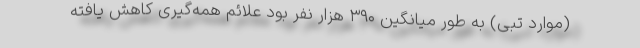
(موارد تبی) به طور میانگین ۳۹۰ هزار نفر بود علائم همه‌گیری کاهش یافته